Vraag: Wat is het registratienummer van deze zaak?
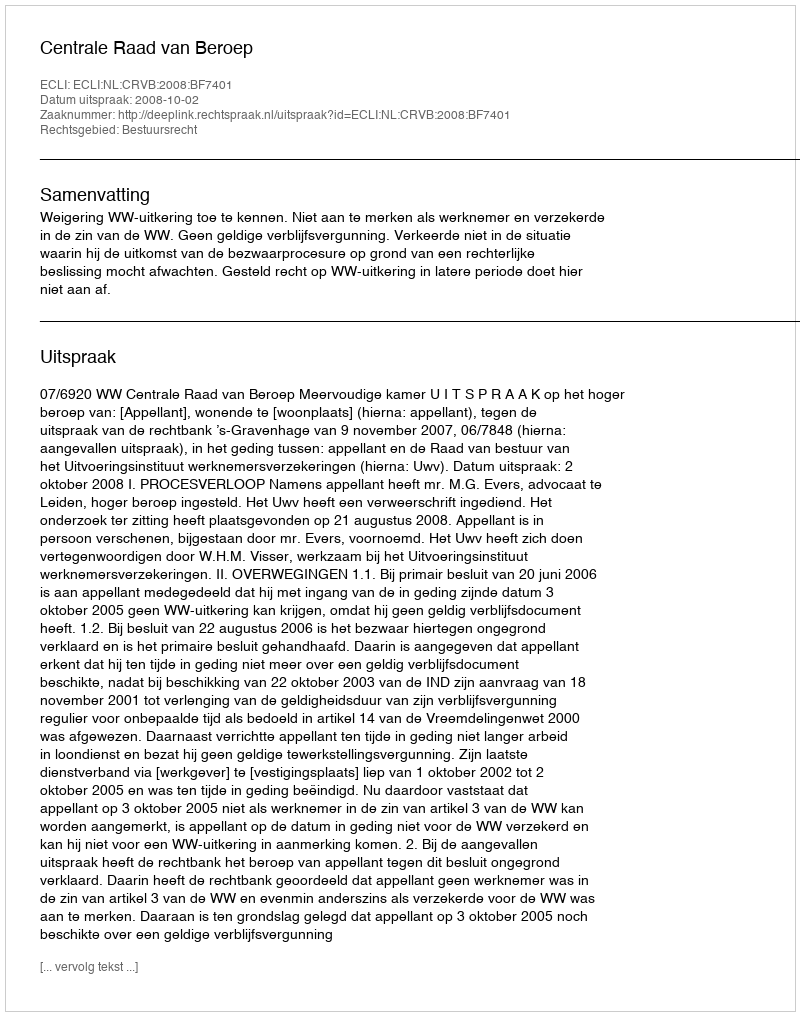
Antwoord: http://deeplink.rechtspraak.nl/uitspraak?id=ECLI:NL:CRVB:2008:BF7401